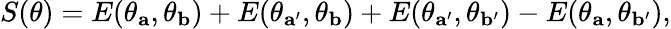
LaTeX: \begin{array}{r}{S(\theta)=E(\theta_{\mathbf{a}},\theta_{\mathbf{b}})+E(\theta_{\mathbf{a}^{\prime}},\theta_{\mathbf{b}})+E(\theta_{\mathbf{a}^{\prime}},\theta_{\mathbf{b}^{\prime}})-E(\theta_{\mathbf{a}},\theta_{\mathbf{b}^{\prime}}),}\end{array}